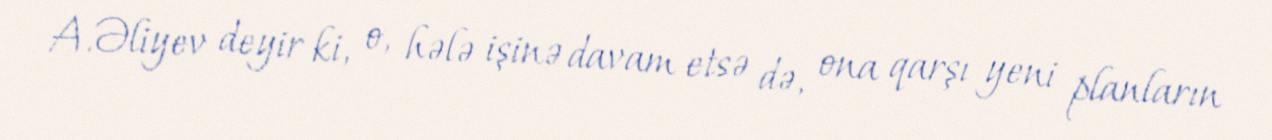
A.Əliyev deyir ki, o, hələ işinə davam etsə də, ona qarşı yeni planların